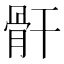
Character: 骭